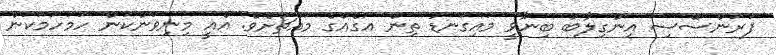
ފަރަންސޭސި އިންގިލާބު ބިނާވީ މައިގަނޑު ތިން އަގެއްގެ މައްޗަށެވެ. އެއީ މިނިވަންކަން ހަމަހަމަކަން